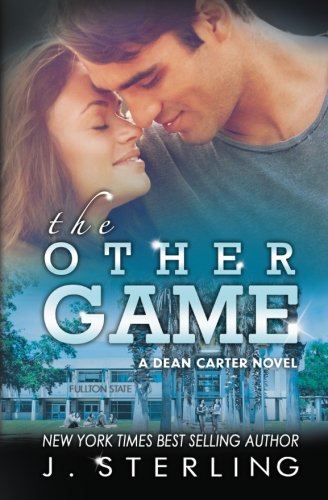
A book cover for The Other Game: A Dean Carter Novel; J. Sterling; Romance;